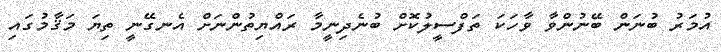
އުމަރު ބުނަން ބޭނުންވާ ވާހަކަ ތަފްސީލުކޮށް ބުނެދިނީމާ ރައްޔިތުންނަށް އެނގޭނީ ތިޔަ މަޤާމުގައި